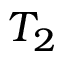
T _ { 2 }